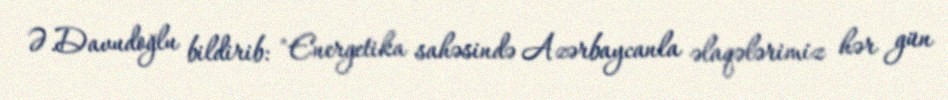
Ə.Davudoğlu bildirib: "Energetika sahəsində Azərbaycanla əlaqələrimiz hər gün